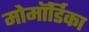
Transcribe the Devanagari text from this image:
मोमॉर्डिका